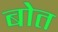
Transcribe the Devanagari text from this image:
बोत